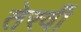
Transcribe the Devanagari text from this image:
तेरवीं